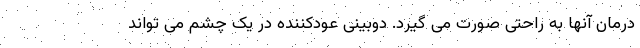
درمان آنها به راحتی صورت می گیرد. دوبینی عودکننده در یک چشم می تواند